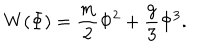
W ( \Phi ) = \frac { m } { 2 } \Phi ^ { 2 } + \frac { g } { 3 } \Phi ^ { 3 } .